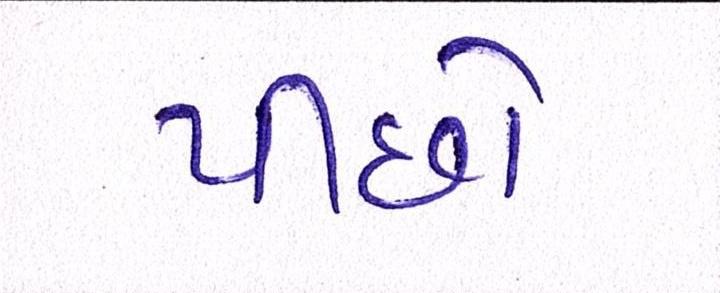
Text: પીછો